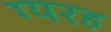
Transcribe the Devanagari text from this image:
ग्यरह